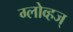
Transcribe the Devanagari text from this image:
ग्लोव्हज्